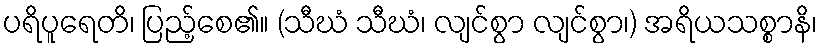
ပရိပူရေတိ၊ ပြည့်စေ၏။ (သီဃံ သီဃံ၊ လျင်စွာ လျင်စွာ၊) အရိယသစ္စာနိ၊